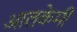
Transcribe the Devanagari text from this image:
आलकेमी